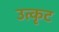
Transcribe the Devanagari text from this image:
उत्कृट